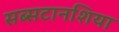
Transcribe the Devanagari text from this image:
सब्सटानशिया